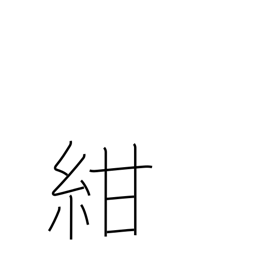
Meaning: dark blue